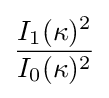
{\frac {I_{1}(\kappa )^{2}}{I_{0}(\kappa )^{2}}}